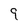
Character: 9